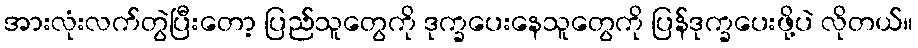
အားလုံးလက်တွဲပြီးတော့ ပြည်သူတွေကို ဒုက္ခပေးနေသူတွေကို ပြန်ဒုက္ခပေးဖို့ပဲ လိုတယ်။